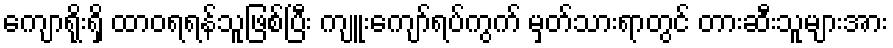
ကျောရိုးရှိ ထာဝရရန်သူဖြစ်ပြီး ကျူးကျော်ရပ်ကွက် မှတ်သားရာတွင် တားဆီးသူများအား